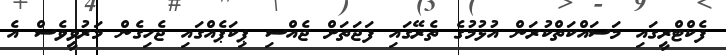
ފެކްޓްރީގައި މަސައްކަތްކުރަން އުޅުމުގެ ތެރޭގައި ފަޖަތަށް ޖެއްސި ޕިކަޕެއްގައި ޖެހިގެން މަރުވީވެސް އެ